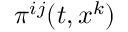
\pi ^ { i j } ( t , x ^ { k } )